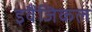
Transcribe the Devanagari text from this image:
इवैंजिकल